Source: Handwritten
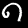
Digit: ၈ (8)